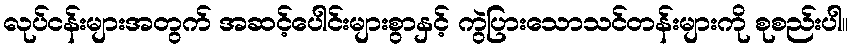
လုပ်ငန်းများအတွက် အဆင့်ပေါင်းများစွာနှင့် ကွဲပြားသောသင်တန်းများကို စုစည်းပါ။